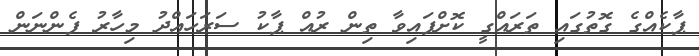
ޕާކެއްގެ ގޮތުގައި ތަރައްގީ ކޮށްފައިވާ ތިން ރުއް ޕާކު ސަރަހައްދު މިހާރު ފެންނަން